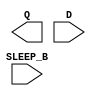
module sky130_fd_sc_hd__lpflow_inputisolatch (
    Q      ,
    D      ,
    SLEEP_B
);

    output Q      ;
    input  D      ;
    input  SLEEP_B;

    // Voltage supply signals
    supply1 VPWR;
    supply0 VGND;
    supply1 VPB ;
    supply0 VNB ;

endmodule